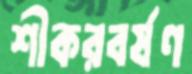
শীকরবর্ষণ